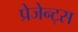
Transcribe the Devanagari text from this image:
प्रेजेन्ट्स